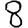
Digit: 8